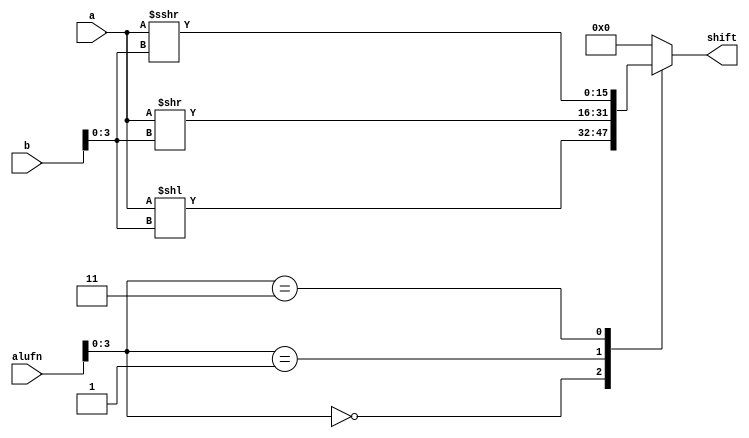
/*
   This file was generated automatically by Alchitry Labs version 1.2.7.
   Do not edit this file directly. Instead edit the original Lucid source.
   This is a temporary file and any changes made to it will be destroyed.
*/

module shifter_16 (
    input [15:0] a,
    input [15:0] b,
    input [5:0] alufn,
    output reg [15:0] shift
  );
  
  
  
  always @* begin
    
    case (alufn[0+3-:4])
      4'h0: begin
        shift = a << b[0+3-:4];
      end
      4'h1: begin
        shift = a >> b[0+3-:4];
      end
      4'h3: begin
        shift = $signed(a) >>> b[0+3-:4];
      end
      default: begin
        shift = 1'h0;
      end
    endcase
  end
endmodule